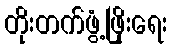
တိုးတက်ဖွံ့ဖြိုးရေး